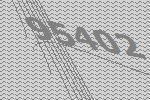
95402